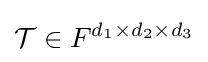
{\mathcal {T}}\in F^{d_{1}\times d_{2}\times d_{3}}